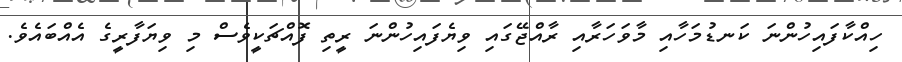
ހިއްކާފައިހުންނަ ކަނޑުމަހާއި މާވަހަރާއި ރާއްޖޭގައި ވިޔެފައިހުންނަ ރީތި ފޮއްޗަކީވެސް މި ވިޔަފާރީގެ އެއްބައެވެ.